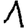
Digit: 1